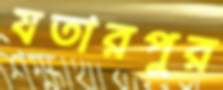
যতারপুর